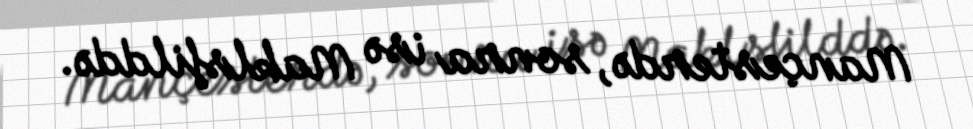
Mançesterdə, sonra isə Maklsfilddə.